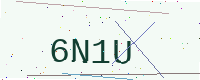
Text: 6N1U